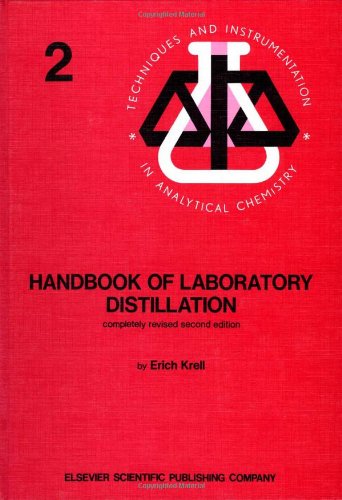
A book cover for Handbook of Laboratory Distillation, With an Introduction to Pilot Plant Distillation (Techniques & Instrumentation in Analytical Chemistry); Erich Krell; Science & Math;